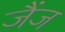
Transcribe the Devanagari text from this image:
जैंज